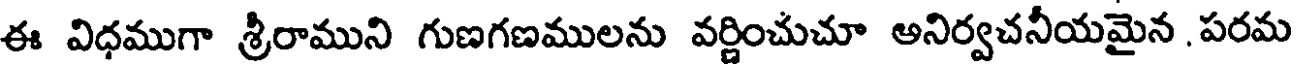
ఈ విధముగా శ్రీరాముని గుణగణములను వర్ణించుచూ అనిర్వచనీయమైన పరమ